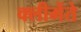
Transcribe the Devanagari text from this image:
क्लीमेंते